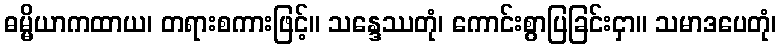
ဓမ္မိယာကထာယ၊ တရားစကားဖြင့်။ သန္ဒေဿတုံ၊ ကောင်းစွာပြခြင်းငှာ။ သမာဒပေတုံ၊